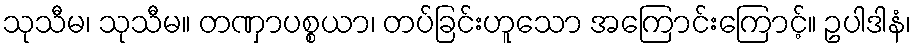
သုသီမ၊ သုသီမ။ တဏှာပစ္စယာ၊ တပ်ခြင်းဟူသော အကြောင်းကြောင့်။ ဥပါဒါနံ၊